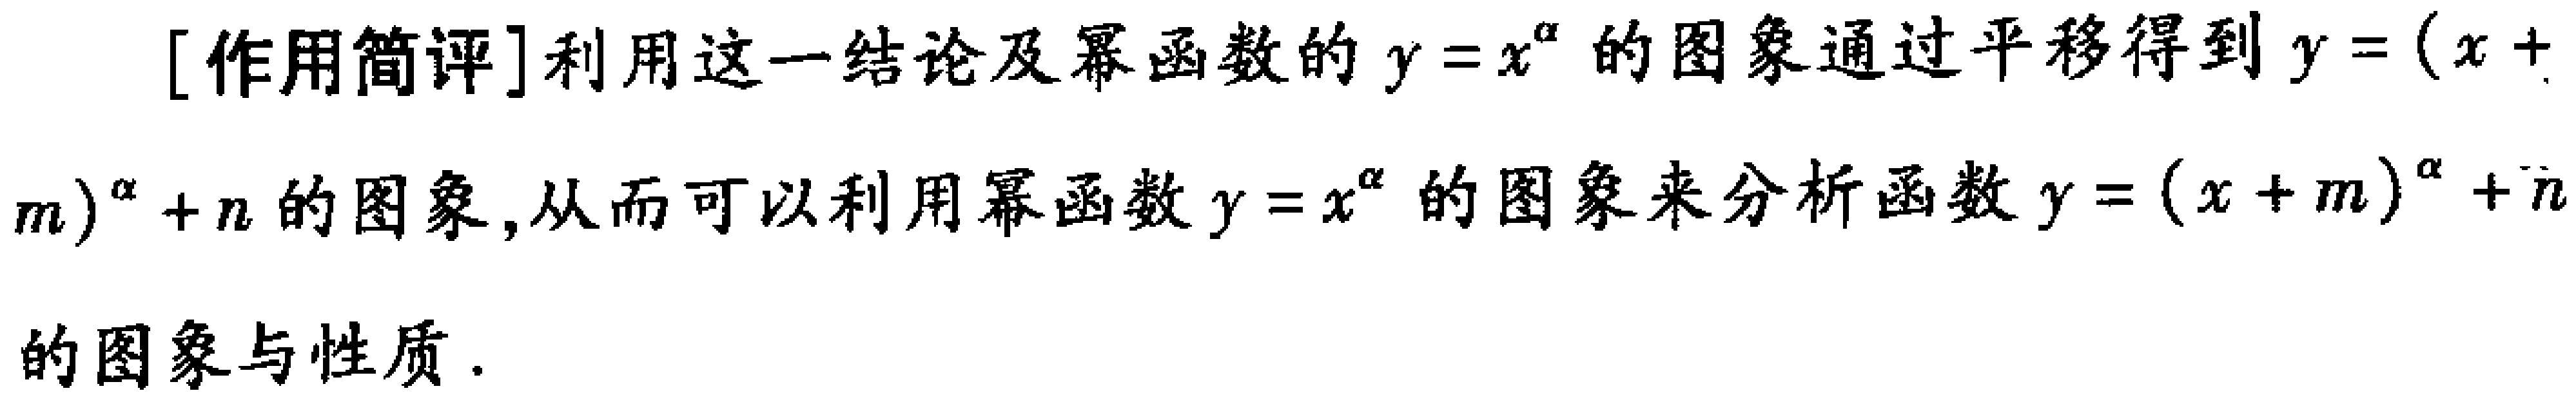
[作用简评]利用这一结论及幂函数的\(y = x^{\alpha}\)的图象通过平移得到\(y=(x + m)^{\alpha}+n\)的图象,从而可以利用幂函数\(y = x^{\alpha}\)的图象来分析函数\(y=(x + m)^{\alpha}+n\)的图象与性质.